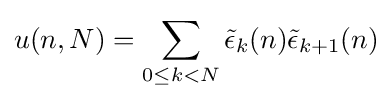
u(n,N)=\sum _{0\leq k<N}{\tilde {\epsilon }}_{k}(n){\tilde {\epsilon }}_{k+1}(n)